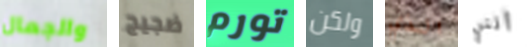
والجمال ضجيج تورم ولكن الذي أنني